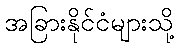
အခြားနိုင်ငံများသို့